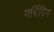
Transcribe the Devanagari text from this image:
मर्रिपिन